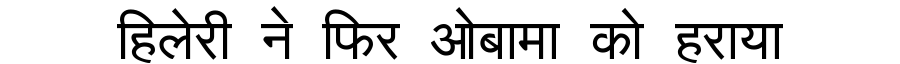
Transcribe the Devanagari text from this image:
हिलेरी ने फिर ओबामा को हराया